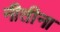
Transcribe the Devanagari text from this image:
नीतीना